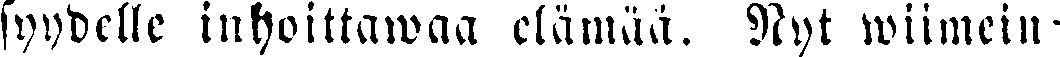
syydelle inhoittawaa elämää. Nyt wiimein